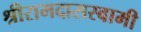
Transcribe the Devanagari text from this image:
श्रीरामदासस्वामी